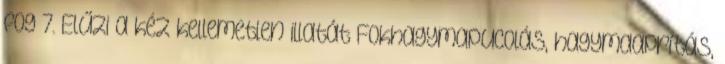
fog 7. Elűzi a kéz kellemetlen illatát Fokhagymapucolás, hagymaaprítás,